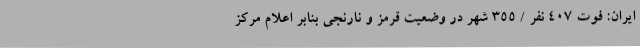
ایران: فوت 407 نفر / 355 شهر در وضعیت قرمز و نارنجی بنابر اعلام مرکز